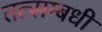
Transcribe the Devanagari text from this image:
तत्सम्बधी